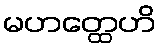
မဟတ္ထေဟိ